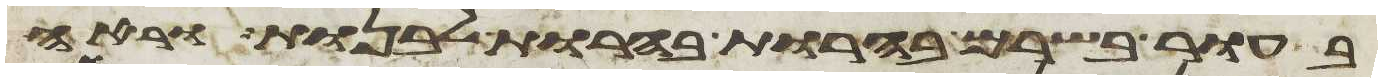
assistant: בעור בשרם בהרות בהרות לבנות וראה